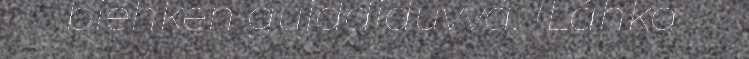
biehken gujddiduvvá. (Láhka